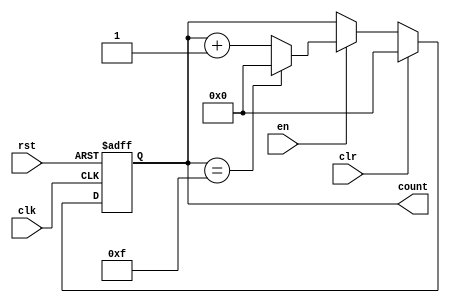
module binary_counter (
    input wire clk,    // Clock signal
    input wire rst,    // Asynchronous reset
    input wire clr,    // Clear input
    input wire en,     // Enable input
    output reg [3:0] count    // 4-bit binary counter
);

always @(posedge clk or posedge rst)
begin
    if (rst) begin
        count <= 4'b0000;    // Reset counter to 0
    end else if (clr) begin
        count <= 4'b0000;    // Clear counter to 0
    end else if (en) begin
        if (count == 4'b1111) begin
            count <= 4'b0000;    // Reset counter to 0 when max count reached
        end else begin
            count <= count + 1;    // Increment counter by 1
        end
    end
end

endmodule